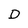
Character: D